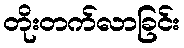
တိုးတက်လာခြင်း